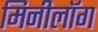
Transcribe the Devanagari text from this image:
मिनीलॉग